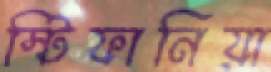
স্টিফানিয়া